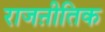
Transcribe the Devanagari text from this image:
राजऩीतिक